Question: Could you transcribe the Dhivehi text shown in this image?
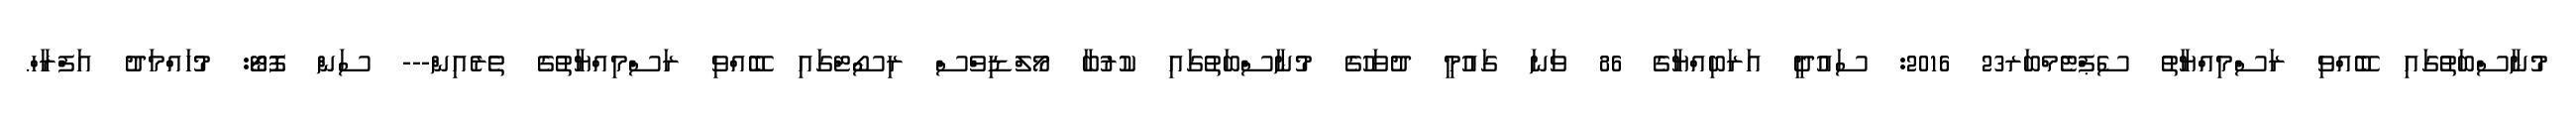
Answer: މުނާސްބަތުގައި ބޭއްވި ރަސްމިއްޔާތު ސެޕްޓެމްބަރ23 2016: ސައުދީ އަރަބިއްޔާގެ 86 ވަނަ ގައުމީ ދުވަހުގެ މުނާސްބަތުގައި ކުރުބާ މޯލްޑިވްސް ރިސޯޓްގައި ބޭއްވި ރަސްމިއްޔާތުގެ ތެރެއިން--- ސަން ފޮޓޯ: މުހައްމަދު އަފްރާހް.